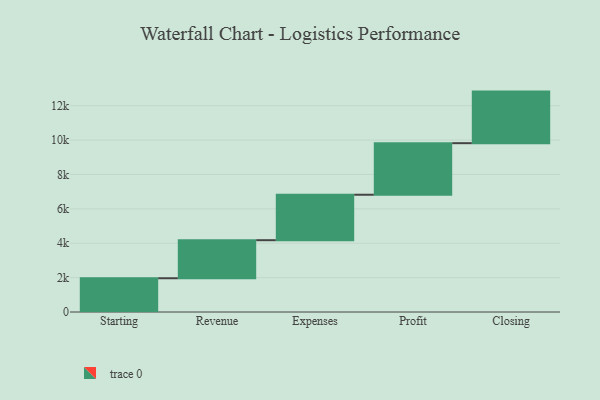
{"axis": {"x": "Step", "y": "Value"}, "legend": [""], "data": [{"x": "Starting", "y": 1963.0, "type": ""}, {"x": "Revenue", "y": 2214.0, "type": ""}, {"x": "Expenses", "y": 2644.0, "type": ""}, {"x": "Profit", "y": 3000, "type": ""}, {"x": "Closing", "y": 3000, "type": ""}]}